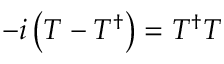
- i \left( T - T ^ { \dagger } \right) = T ^ { \dagger } T